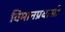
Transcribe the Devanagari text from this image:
विमानप्रवासी